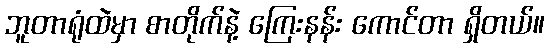
ဘူတာရုံထဲမှာ စာတိုက်နဲ့ ကြေးနန်း ကောင်တာ ရှိတယ်။